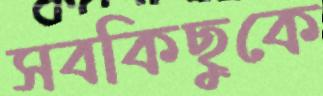
সবকিছুকে